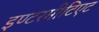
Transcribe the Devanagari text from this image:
इण्टरमीटिएट